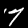
Label: 7